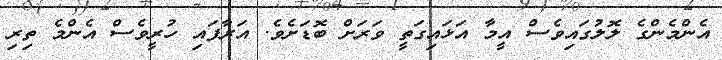
އެންމެންގެ ލޮލުގައިވެސް އީމާ އަޅައިގަތީ ވަރަށް ބޮޑަށެވެ. އަރާފައި ހުރީވެސް އެންމެ ތިރި